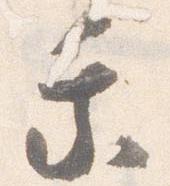
乗